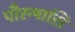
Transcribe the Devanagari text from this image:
पौरुषासि